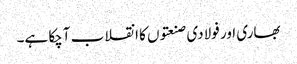
بھاری اور فولادی صنعتوں کا انقلاب آچکا ہے۔